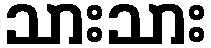
သားသား